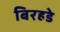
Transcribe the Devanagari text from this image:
बिरहडे